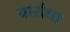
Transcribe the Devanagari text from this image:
बारौधा